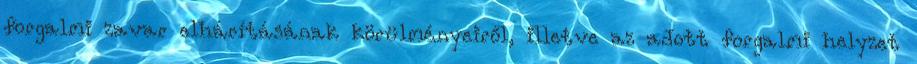
forgalmi zavar elhárításának körülményeiről, illetve az adott forgalmi helyzet